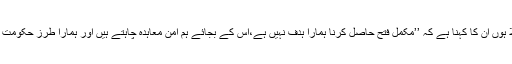
حالیہ عرصے میں جن طالبان سے میں ملا ہوں ان کا کہنا ہے کہ ’’مکمل فتح حاصل کرنا ہمارا ہدف نہیں ہے،اس کے بجائے ہم امن معاہدہ چاہتے ہیں اور ہمارا طرزِ حکومت ہمارے اس موقف کی سچائی کا ثبوت ہے۔